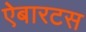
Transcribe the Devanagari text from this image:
ऐबारटस